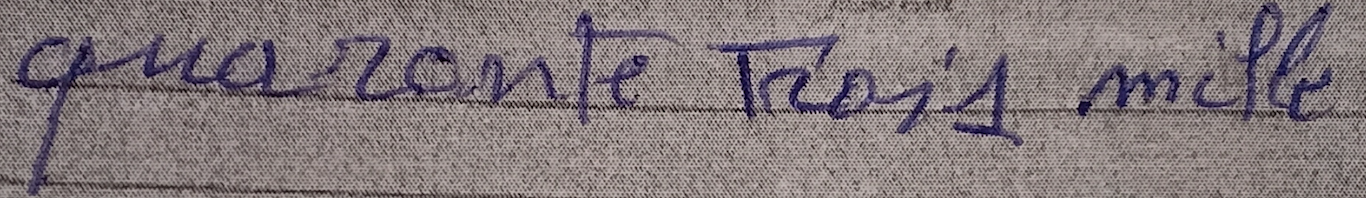
quarante trois mille